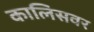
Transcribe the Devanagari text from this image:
कालिसवर